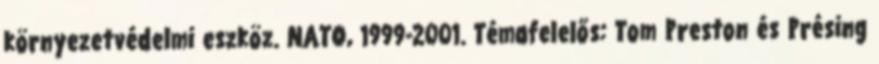
környezetvédelmi eszköz. NATO, 1999-2001. Témafelelős: Tom Preston és Présing